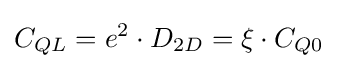
C_{QL}=e^{2}\cdot D_{2D}=\xi \cdot C_{Q0}